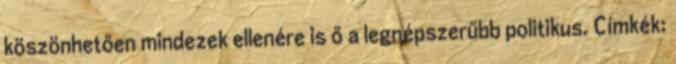
köszönhetően mindezek ellenére is ő a legnépszerűbb politikus. Címkék: